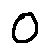
o